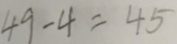
4 9 - 4 = 4 5